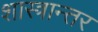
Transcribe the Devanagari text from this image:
शास्त्रान्तर